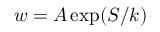
w = A \exp ( S / k )